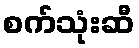
စက်သုံးဆီ